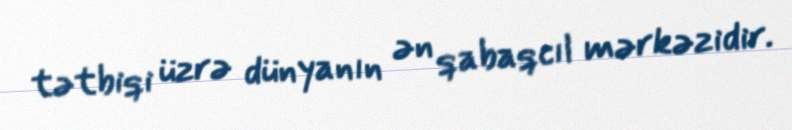
tətbiqi üzrə dünyanın ən qabaqcıl mərkəzidir.